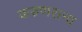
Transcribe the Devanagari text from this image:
करुणरत्ना